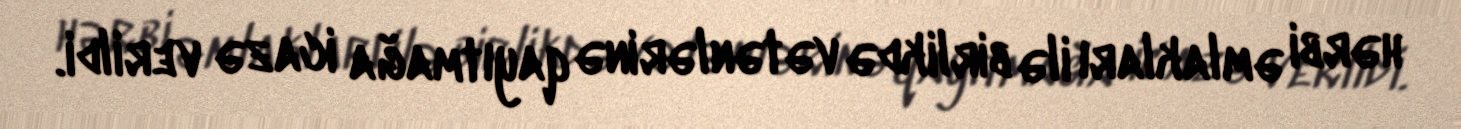
hərbi əmlakları ilə birlikdə vətənlərinə qayıtmağa icazə verildi.